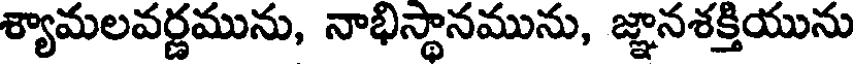
శ్యామలవర్ణమును, నాభిస్థానమును, జ్ఞానశక్తియును